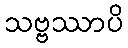
သဗ္ဗဿာပိ